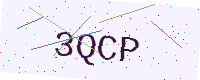
Text: 3QCP